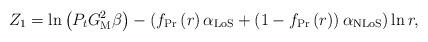
LaTeX: \begin{align*}Z_1=\ln\left({P_t}G_\mathrm{M}^2\beta\right)-\left(f_\mathrm{Pr}\left(r\right) \alpha_{\mathrm{LoS}}+\left(1-f_\mathrm{Pr}\left(r\right)\right)\alpha_{\mathrm{NLoS}}\right) \ln r,\end{align*}